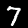
Label: 7